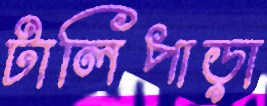
টালিপাড়া